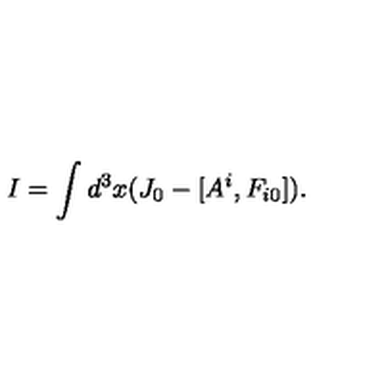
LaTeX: I = \int d ^ { 3 } x ( J _ { 0 } - [ A ^ { i } , F _ { i 0 } ] ) .